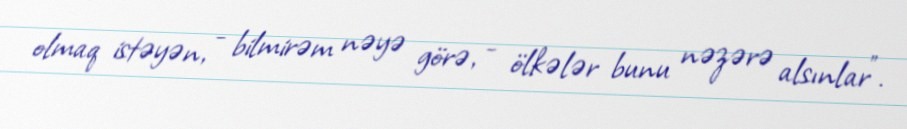
olmaq istəyən, - bilmirəm nəyə görə, - ölkələr bunu nəzərə alsınlar”.